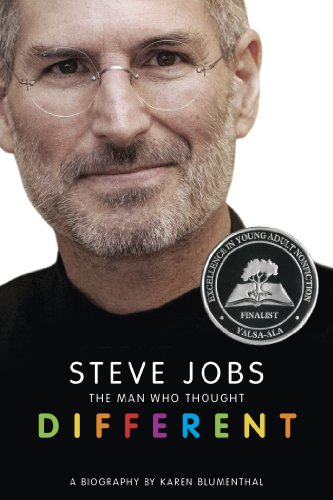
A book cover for Steve Jobs: The Man Who Thought Different; Karen Blumenthal; Teen & Young Adult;